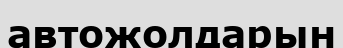
автожолдарын